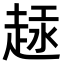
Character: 𫎶